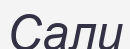
Сали